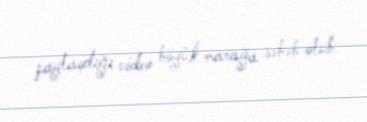
paylaşdığı video böyük marağa səbəb olub.